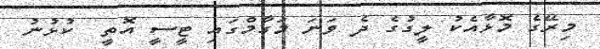
މިރޭގެ މޮޅާއެކު ލީގުގެ ދެ ވަނަ މަގާމްގައި ޓީސީ އޮތީ  ކުޅުނު